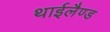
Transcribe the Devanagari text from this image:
थाईलैण्‍ड